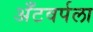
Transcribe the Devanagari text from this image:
अँटवर्पला